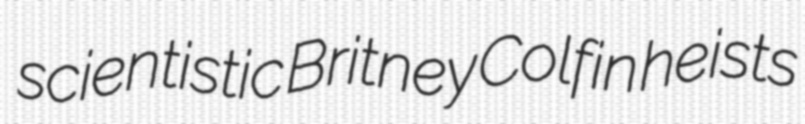
scientistic Britney Colfin heists